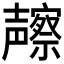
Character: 𱘢